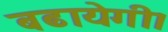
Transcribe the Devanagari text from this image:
बढायेगी।